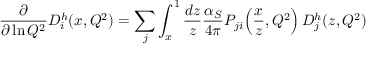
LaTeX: { \frac { \partial } { \partial \ln Q ^ { 2 } } } D _ { i } ^ { h } ( x , Q ^ { 2 } ) = \sum _ { j } \int _ { x } ^ { 1 } { \frac { d z } { z } } { \frac { \alpha _ { S } } { 4 \pi } } P _ { j i } \! \left( { \frac { x } { z } } , Q ^ { 2 } \right) D _ { j } ^ { h } ( z , Q ^ { 2 } )